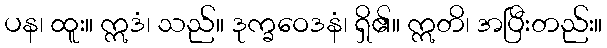
ပန၊ ထူး။ ဣဒံ၊ သည်။ ဒုက္ခဝေဒနံ၊ ရှိ၏။ ဣတိ၊ အပြီးတည်း။